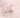
لآلة